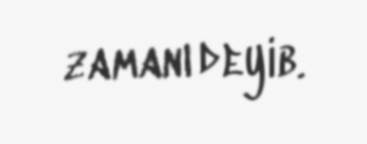
zamanı deyib.